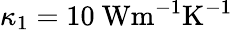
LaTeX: \kappa_{1}=10~\mathrm{{Wm^{-1}K^{-1}}}